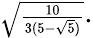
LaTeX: {\scriptstyle{\sqrt{\frac{10}{3(5-{\sqrt{5}})}}}}.